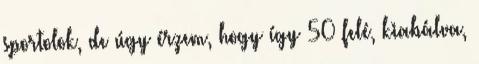
sportolok, de úgy érzem, hogy így 50 felé, kiabálva,